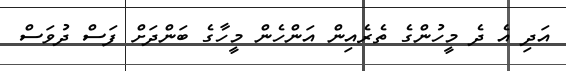
އަދި އެ ދެ މީހުންގެ ތެރެއިން އަންހެން މީހާގެ ބަންދަށް ފަސް ދުވަސް